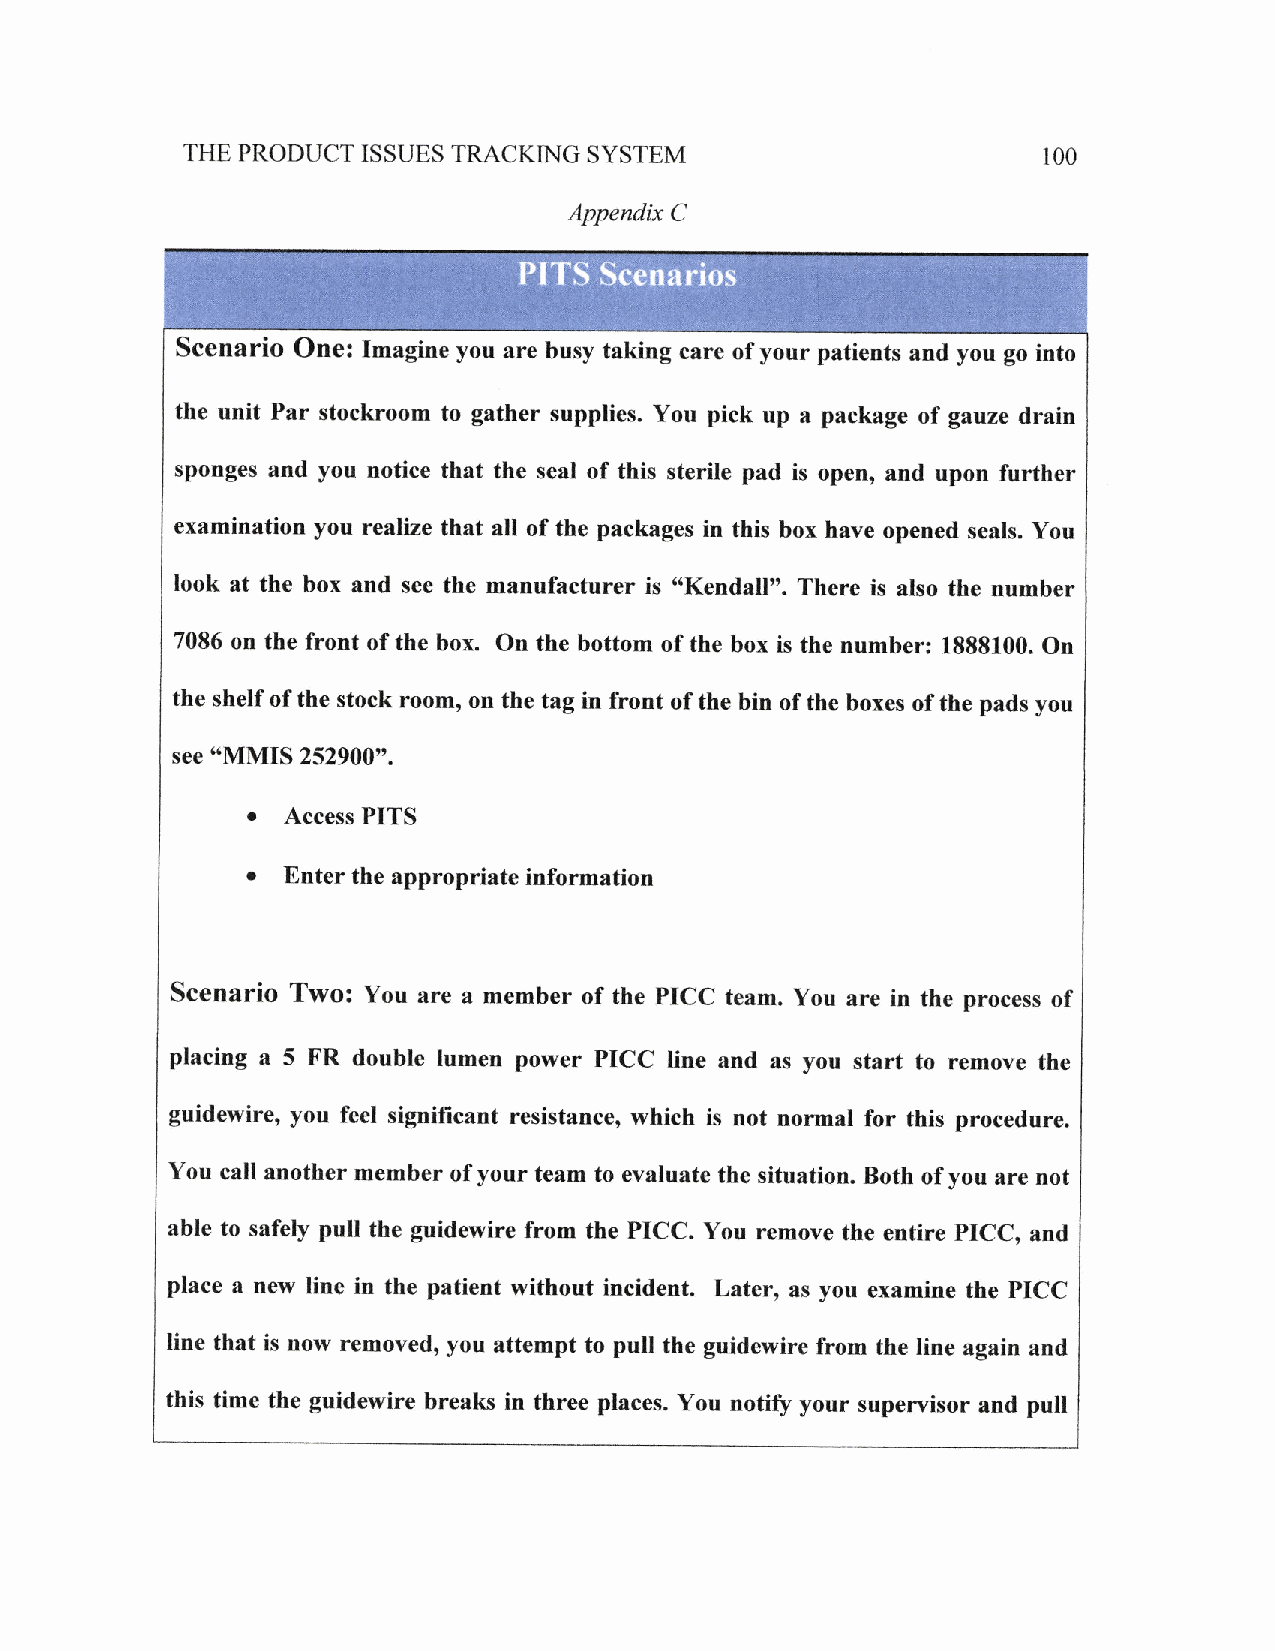
THE PRODUCT ISSUES TRACKING SYSTEM                       100
 Appendix C
 PITS  Scenarios
 Scenario One: Imagine you are husy taking care of your patients and you go into
 the unit Par stockroom to gather supplies. You pick up a package of gauze drain
 sponges and you notice that the seal of this sterile pad is open, and upon further
 examination you realize that all of the packagss in this box have opened seals. You
 look at the box and see the manufacturer is "Kendall". There is also the number
 7086 on the front of the box. On the bottom of the hox is the numher: 1888100. On
 the shelf of the stock room, on the tag in front of the bin of the hoxes of the pads you
 *'MMIS
 see      252900".
 r
 Access PITS
 .
 Enter the appropriate information
 Scenario Twoi You are a member of the PICC team. You are in the process of
 placing a 5 FR double lumen power PICC line and ns you start to remove the
 guidewire' you feel significant resistance, which is not normal for this procedure.
 You call another member of your team to evaluate the situation. Both of you are not
 able to safely pull the guidewire from the PICC. You remove the entire PICC, and
 place a new line in the patient without incident. Later, as you examine the PICC
 Iine that is now removedo you attempt to pull the guidewire from the line again and
 this time the guidewire breaks in three places. You notiff your supervisor and pull